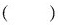
( )